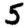
Digit: 5